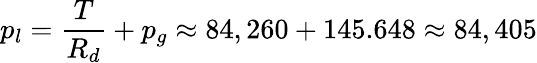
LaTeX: p_{l}=\frac{T}{R_{d}}+p_{g}\approx 84,260+145.648\approx 84,405